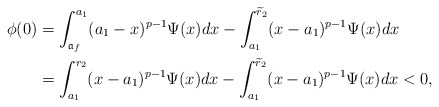
\begin{align*}\phi(0)&=\int_{\mathfrak{a}_f}^{a_1}(a_1-x)^{p-1}\Psi(x)dx-\int_{a_1}^{\widetilde r_2}(x-a_1)^{p-1}\Psi(x)dx \\&=\int_{a_1}^{r_2}(x-a_1)^{p-1}\Psi(x)dx-\int_{a_1}^{\widetilde r_2}(x-a_1)^{p-1}\Psi(x)dx<0,\end{align*}